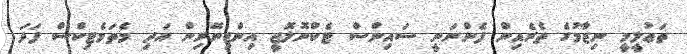
ތަޢުލީމީ ނިޒާމުގެ ތެރެއިން ފެންނަނީ ސައިންސް ޓެކްނޮލޮޖީ އިންޖިނޭރިން އަދި މެތަމެޓިކްސް ފަދަ